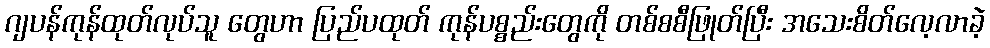
ဂျပန်ကုန်ထုတ်လုပ်သူ တွေဟာ ပြည်ပထုတ် ကုန်ပစ္စည်းတွေကို တစ်စစီဖြုတ်ပြီး အသေးစိတ်လေ့လာခဲ့